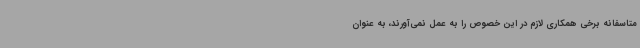
متاسفانه برخی همکاری لازم در این خصوص را به عمل نمی‌آورند، به عنوان